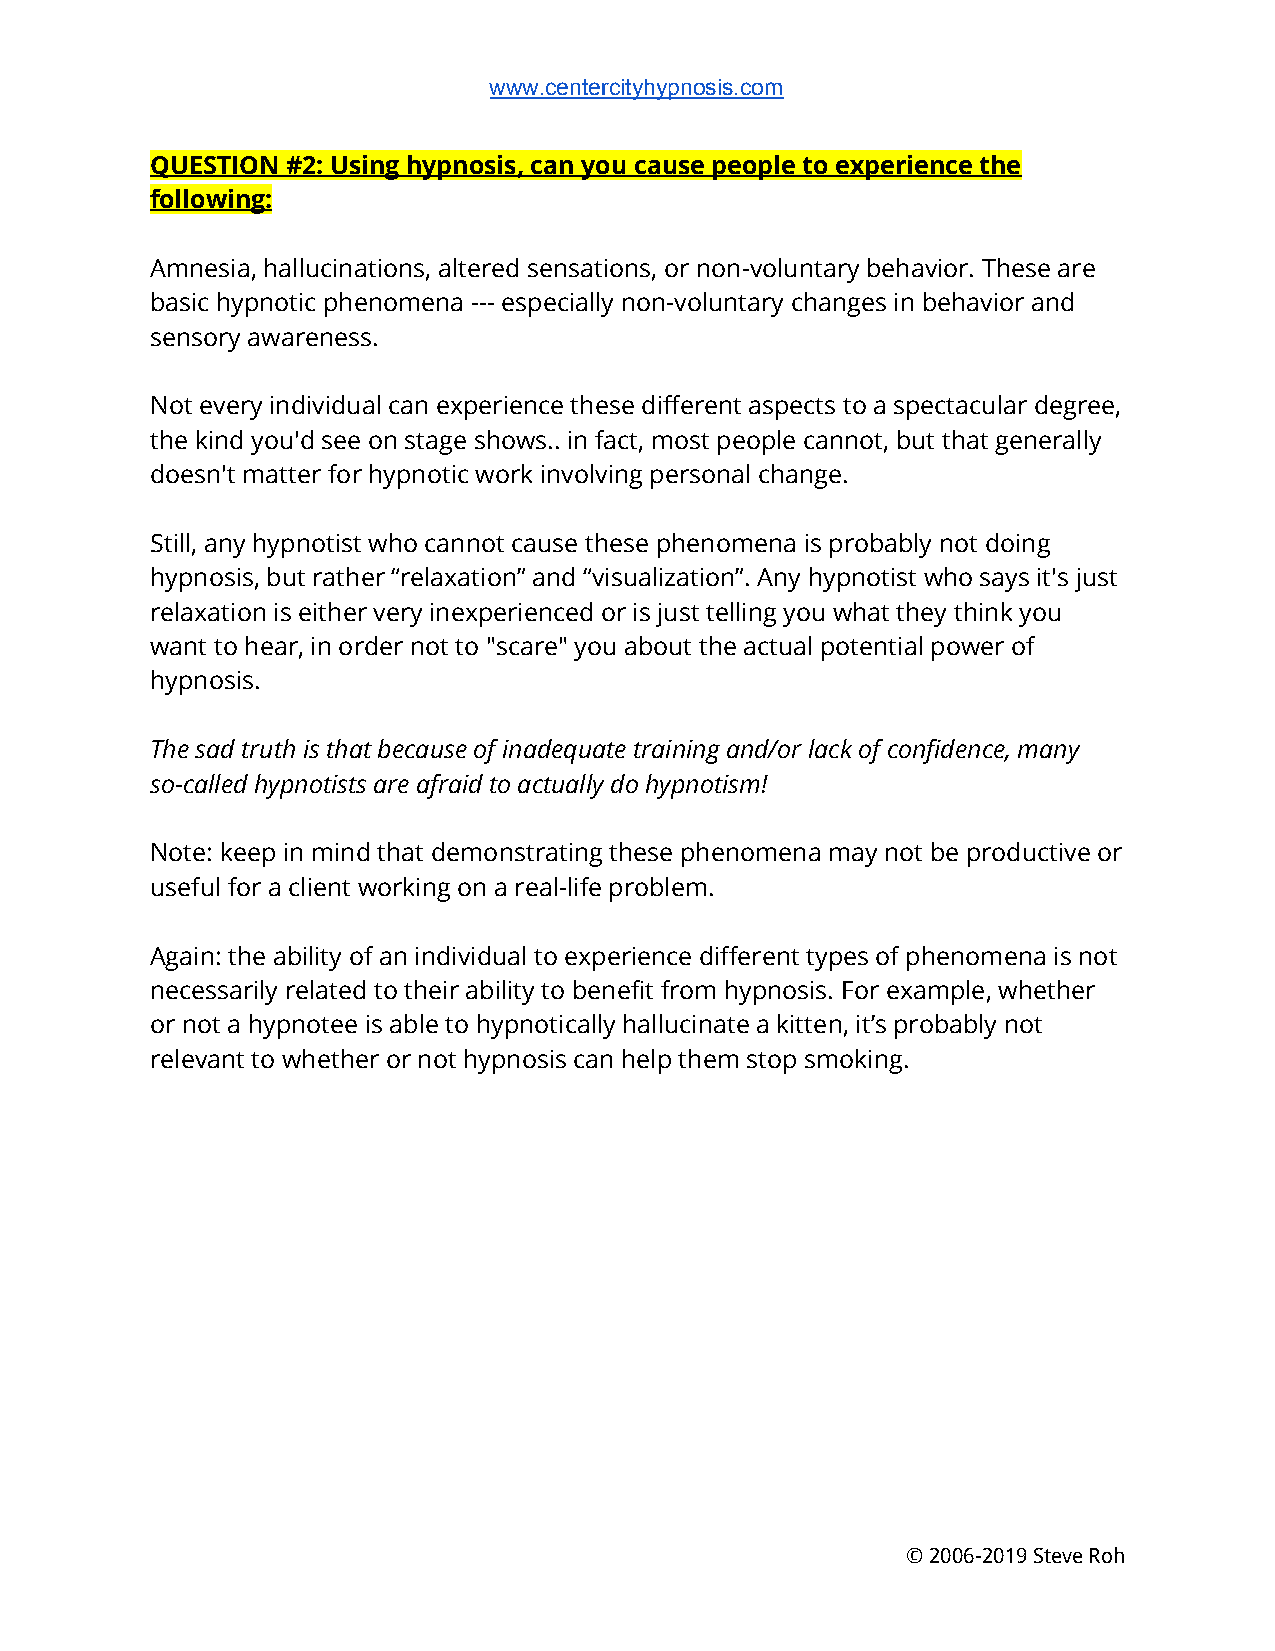
www.centercityhypnosis.com
 QUESTION #2: Using hypnosis, can you cause people to experience the
 following:
 Amnesia, hallucinations, altered sensations, or non-voluntary behavior. These are
 basic hypnotic phenomena --- especially non-voluntary changes in behavior and
 sensory awareness.
 Not every individual can experience these different aspects to a spectacular degree,
 the kind you'd see on stage shows.. in fact, most people cannot, but that generally
 doesn't matter for hypnotic work involving personal change.
 Still, any hypnotist who cannot cause these phenomena is probably not doing
 hypnosis, but rather “relaxation” and “visualization”. Any hypnotist who says it's just
 relaxation is either very inexperienced or is just telling you what they think you
 want to hear, in order not to "scare" you about the actual potential power of
 hypnosis.
 The sad truth is that because of inadequate training and/or lack of confidence, many
 so-called hypnotists are afraid to actually do hypnotism!
 Note: keep in mind that demonstrating these phenomena may not be productive or
 useful for a client working on a real-life problem.
 Again: the ability of an individual to experience different types of phenomena is not
 necessarily related to their ability to benefit from hypnosis. For example, whether
 or not a hypnotee is able to hypnotically hallucinate a kitten, it’s probably not
 relevant to whether or not hypnosis can help them stop smoking.
 © 2006-2019 Steve Roh